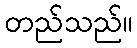
တည်သည်။